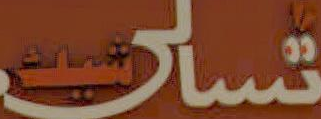
تسلى